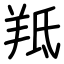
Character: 羝